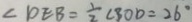
\angle D E B = \frac { 1 } { 2 } \angle B O D = 2 6 ^ { \circ }